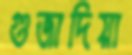
গুজাদিয়া